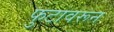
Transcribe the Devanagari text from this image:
फुटावरून